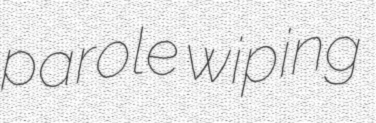
parole wiping